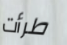
طرأت